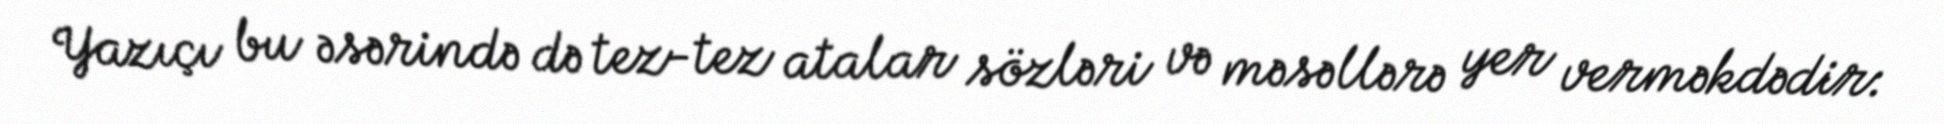
Yazıçı bu əsərində də tez-tez atalar sözləri və məsəllərə yer verməkdədir: